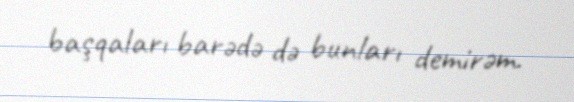
başqaları barədə də bunları demirəm.